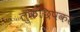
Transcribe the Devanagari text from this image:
लुकछिपकर